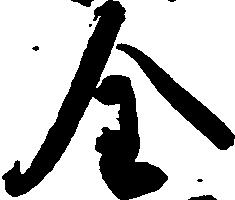
全